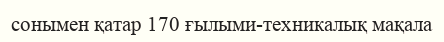
сонымен қатар 170 ғылыми-техникалық мақала